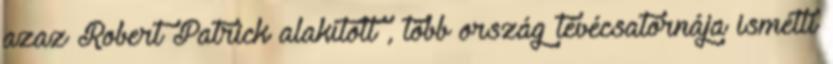
azaz Robert Patrick alakított , több ország tévécsatornája ismétli